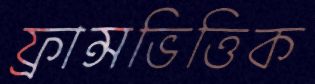
ফ্রান্সভিত্তিক